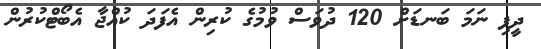
ދީފި ނަމަ ބަނޑަށް 120 ދުވަސް ވުމުގެ ކުރިން އެފަދަ ކުއްޖާ އެބޯޓްކުރުން